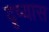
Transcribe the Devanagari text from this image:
दृष्यास